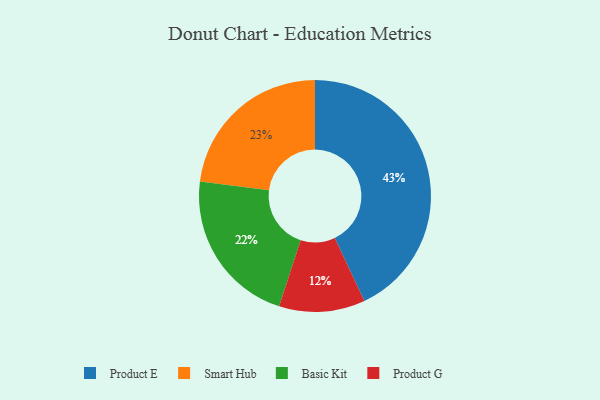
{"axis": {"x": "Category", "y": "Percentage"}, "legend": ["Basic Kit", "Product E", "Product G", "Smart Hub"], "data": [{"x": "Smart Hub", "y": 23, "type": "Smart Hub"}, {"x": "Basic Kit", "y": 22, "type": "Basic Kit"}, {"x": "Product G", "y": 12, "type": "Product G"}, {"x": "Product E", "y": 43, "type": "Product E"}]}